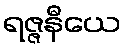
ရဇ္ဇနီယေ